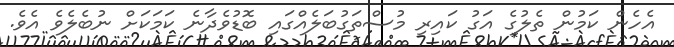
އެހެން ކަމުން ތެލުގެ އަގު ކައިރި މުސްތަގުބަލެއްގައި ބޮޑުވެދާނެ ކަމަކަށް ނުބެލެވެ އެވެ.